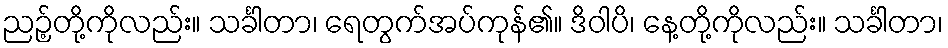
ညဉ့်တို့ကိုလည်း။ သင်္ခါတာ၊ ရေတွက်အပ်ကုန်၏။ ဒိဝါပိ၊ နေ့တို့ကိုလည်း။ သင်္ခါတာ၊